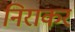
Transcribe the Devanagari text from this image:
निराकर